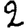
Digit: 2